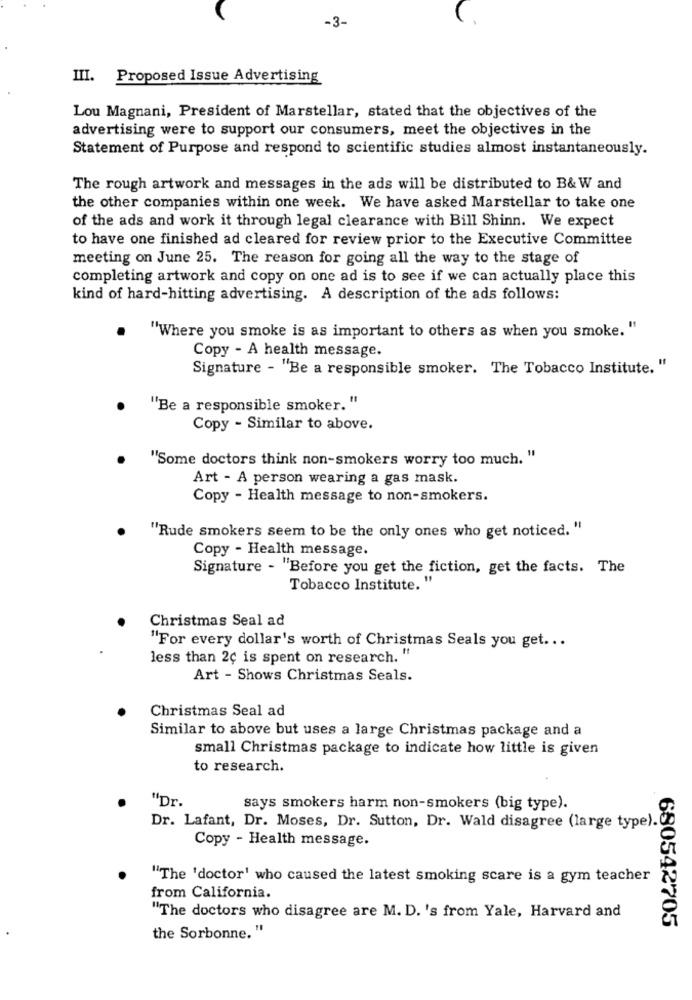
-3-
III. Proposed Issue Advertising
Lou Magnani, President of Marstellar, stated that the objectives of the
advertising were to support our consumers, meet the objectives in the
Statement of Purpose and respond to scientific studies almost instantaneously.
The rough artwork and messages in the ads will be distributed to B& W and
the other companies within one week. We have asked Marstellar to take one
of the ads and work it through legal clearance with Bill Shinn. We expect
to have one finished ad cleared for review prior to the Executive Committee
meeting on June 25. The reason for going all the way to the stage of
completing artwork and copy on one ad is to see if we can actually place this
kind of hard-hitting advertising. A description of the ads follows:
.
"Where you smoke is as important to others as when you smoke. "
Copy - A health message.
Signature - "Be a responsible smoker. The Tobacco Institute. "
"'Be a responsible smoker. "
Copy - Similar to above.
"Some doctors think non-smokers worry too much. "
Art - A person wearing a gas mask.
Copy - Health message to non-smokers.
"Rude smokers seem to be the only ones who get noticed. "
Copy - Health message.
Signature - "Before you get the fiction, get the facts. The
Tobacco Institute. "
Christmas Seal ad
"For every dollar's worth of Christmas Seals you get ...
less than 2ç is spent on research. "
Art - Shows Christmas Seals.
Christmas Seal ad
Similar to above but uses a large Christmas package and a
small Christmas package to indicate how little is given
to research.
"Dr.
says smokers harm non-smokers (big type).
Dr. Lafant, Dr. Moses, Dr. Sutton, Dr. Wald disagree (large type).
Copy - Health message.
"The 'doctor' who caused the latest smoking scare is a gym teacher
from California.
"The doctors who disagree are M. D. 's from Yale, Harvard and
680542705
the Sorbonne. "